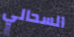
السحالي